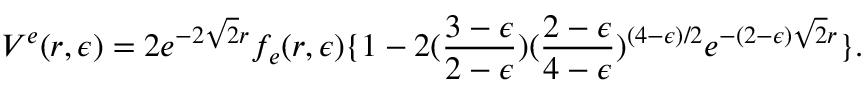
V ^ { e } ( r , \epsilon ) = 2 e ^ { - 2 \sqrt 2 r } f _ { e } ( r , \epsilon ) \{ 1 - 2 ( { \frac { 3 - \epsilon } { 2 - \epsilon } } ) ( { \frac { 2 - \epsilon } { 4 - \epsilon } } ) ^ { ( 4 - \epsilon ) / 2 } e ^ { - ( 2 - \epsilon ) \sqrt 2 r } \} .